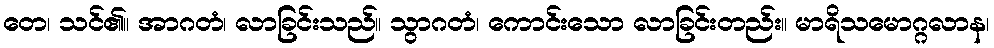
တေ၊ သင်၏။ အာဂတံ၊ လာခြင်းသည်။ သွာဂတံ၊ ကောင်းသော လာခြင်းတည်း။ မာရိသမောဂ္ဂလာန၊